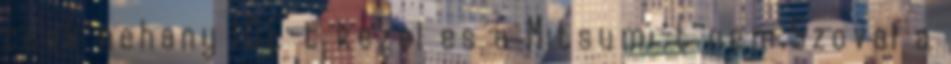
csak nehany IDE-t kezel es a Mitsumi-t nem.Szoval a